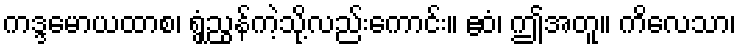
ကဒ္ဒမောယထာစ၊ ရွှံ့ညွန်ကဲ့သို့လည်းကောင်း။ ဧဝံ၊ ဤအတူ။ ကိလေသာ၊